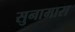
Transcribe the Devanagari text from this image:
सुनामारा